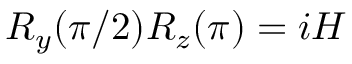
R _ { y } ( \pi / 2 ) R _ { z } ( \pi ) = i H